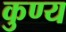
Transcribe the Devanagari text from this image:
कुण्य